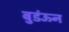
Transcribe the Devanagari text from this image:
बुडंऊन